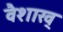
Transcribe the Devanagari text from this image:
वैशाख्